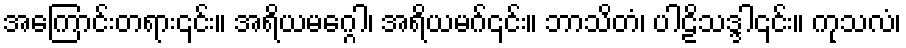
အကြောင်းတရား၎င်း။ အရိယမဂ္ဂေါ၊ အရိယမဂ်၎င်း။ ဘာသိတံ၊ ပါဠိသဒ္ဒါ၎င်း။ ကုသလံ၊